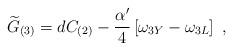
LaTeX: \begin{align*}{\widetilde G}_{(3)}=dC_{(2)}-{\alpha^\prime\over4}\left[\omega_{3Y}-\omega_{3L}\right]\ ,\end{align*}